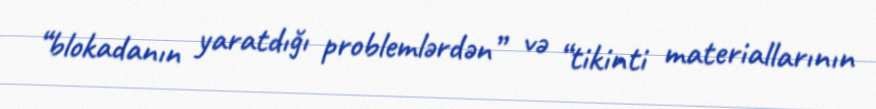
“blokadanın yaratdığı problemlərdən” və “tikinti materiallarının